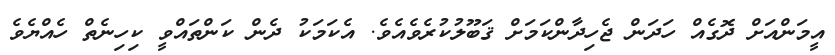
އީމަންއަށް ދޮގެއް ހަދަން ޖެހިދާންކަމަށް ޤަބޫލުކުރެވެއެވެ. އެކަމަކު ދެން ކަންތައްވީ ކިހިނެތް ހެއްޔެވެ